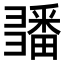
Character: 𢑵